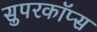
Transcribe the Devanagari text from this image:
सुपरकॉप्स